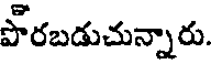
పొరబడుచున్నారు.